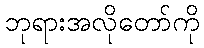
ဘုရားအလိုတော်ကို